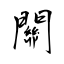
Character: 關